Annual report of the Punjab Veterinary College and of the Civil Veterinary Department, Punjab - 1894-1908
Year: 1894
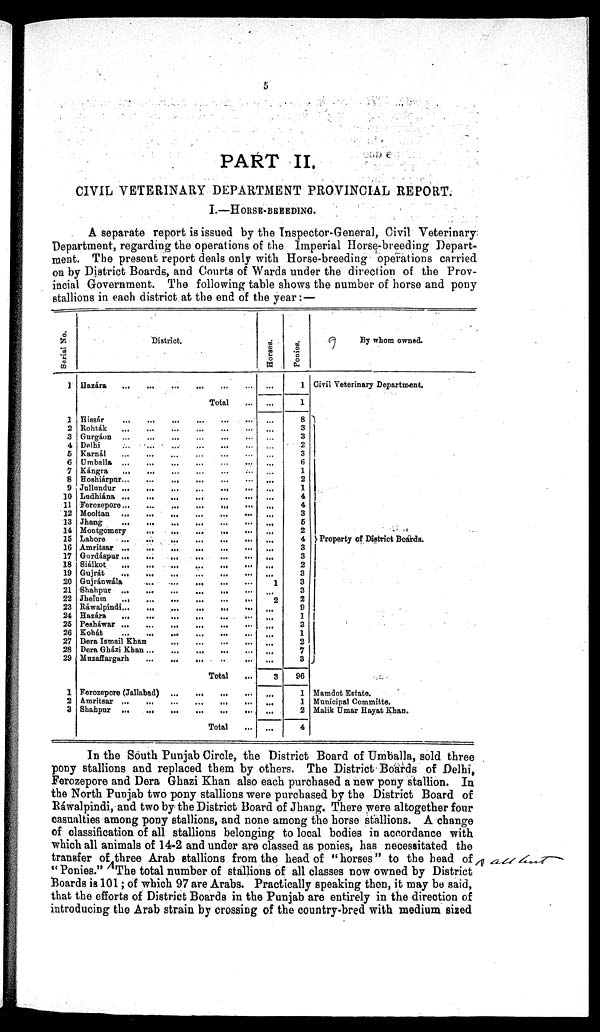
5
PART II.
CIVIL VETERINARY DEPARTMENT PROVINCIAL REPORT.
I.—HORSE-BREEDING.
A separate report is issued by the Inspector-General, Civil Veterinary
Department, regarding the operations of the Imperial Horse-breeding Depart-
ment. The present report deals only with Horse-breeding operations carried
on by District Boards, and Courts of Wards under the direction of the Prov-
incial Government. The following table shows the number of horse and pony
stallions in each district at the end of the year:—
Serial No.
1
1
2
3
4
5
6
7
8
9
10
11
12
13
14
15
16
17
18
19
20
21
22
23
24
25
26
27
28
29
1
2
3
District.
Hazára
...
...
...
...
Total ...
Hissár
...
...
...
...
...
...
Rohták
...
...
...
...
...
Gurgáon ... ... ... ... ...
Delhi
...
...
...
...
...
Karnál ... ... ... ... ...
Umballa
...
...
...
...
...
Kángra
...
...
...
...
...
Hoshiárpur...
...
...
...
...
...
Jullundur
...
...
...
...
...
Ludhiána
...
...
...
...
...
Ferozepore
...
...
...
...
...
...
Mooltan
...
...
...
...
...
...
Jhang
...
...
...
... ... ...
Montgomery
...
...
...
...
...
Labore
...
...
...
...
...
...
Amritsar ...
...
...
...
...
Gurdáspur
...
...
...
...
...
...
Siálkot
…
…
…
…
…
Gujrát
…
…
…
…
…
Gujránwála
…
…
…
…
…
Shahpur
…
…
…
…
…
...
Jhelum
…
…
…
…
…
...
Ráwalpindi…
…
…
…
…
...
Hazára
…
…
…
…
…
...
Peshawar
...
...
...
...
...
...
...
Kohát
…
…
…
…
…
Dera Ismail Khan
…
…
…
…
Dera Gházi Khan
…
…
…
…
Muzaffargarh
…
…
…
…
…
Total ...
Ferozepore (Jallabad)
...
...
...
...
Amritsar
…
…
…
…
…
...
Skahpur
...
...
...
...
...
...
Total
Horses.
...
...
...
...
...
...
...
...
...
...
...
...
...
...
...
...
...
...
...
...
...
1
...
2
...
...
...
...
...
...
...
3
...
...
...
...
Ponies.
1
1
8
3
3
2
3
6
1
2
1
4
4
3
6
2
4
3
3
2
3
3
3
2
9
1
3
1
2
7
3
96
1
1
2
4
By whom owned.
Civil Veterinary Department.
Property of District Boards.
Maindot Estate.
Municipal Committe.
Malik Umar Hayat Khan.
In the South Punjab Circle, the District Board of Umballa, sold three
pony stallions and replaced them by others. The District Boards of Delhi,
Ferozepore and Dera Ghazi Khan also each purchased a new pony stallion. In
the North Punjab two pony stallions were purchased by the District Board of
Ráwalpindi, and two by the District Board of Jhang. There were altogether four
casualties among pony stallions, and none among the horse stallions. A change
of classification of all stallions belonging to local bodies in accordance with
which all animals of 14-2 and under are classed as ponies, has necessitated the
transfer of three Arab stallions from the head of "horses" to the head of
"Ponies." The total number of stallions of all classes now owned by District
Boards is 101; of which 97 are Arabs. Practically speaking then, it may be said,
that the efforts of District Boards in the Punjab are entirely in the direction of
introducing the Arab strain by crossing of the country-bred with medium sized